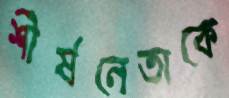
শীর্ষনেতাকে